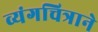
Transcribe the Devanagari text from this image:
व्यंगचित्राने